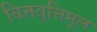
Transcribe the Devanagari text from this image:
चित्तवृत्तिमूल